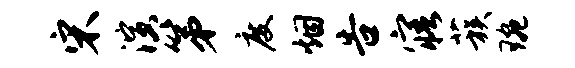
宋演第度烟告寤蔟琬